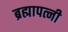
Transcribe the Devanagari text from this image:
ब्रह्मापत्नी